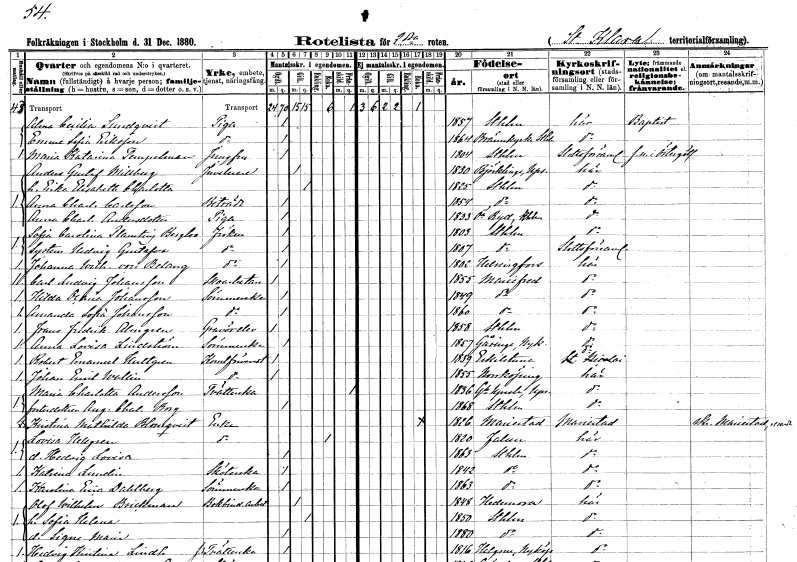
gt_parse: households: individuals: FN: Alma Cecilia
EN: Sundqvist
YRKE: Piga
KON: K
CIV: O
FODAR: 1857
FODFORS: Stockholm
FN: Emma Sofia
EN: Eriksson
YRKE: Piga
KON: K
CIV: O
FODAR: 1864
FODFORS: Brännkyrka Stockholms län
FN: Maria Katarina
EN: Tempelman
YRKE: Jungfru
KON: K
CIV: O
FODAR: 1804
FODFORS: Stockholm
FN: Anders Gustaf
EN: Millberg
YRKE: Juvelerare
KON: M
CIV: G
FODAR: 1830
FODFORS: Björklinge Uppsala län
FN: Erika Elisabeth Charlotta
KON: K
CIV: G
FODAR: 1825
FODFORS: Stockholm
FN: Anna Charlotta
EN: Carlsson
YRKE: Biträde
KON: K
CIV: O
FODAR: 1854
FODFORS: Stockholm
FN: Anna Charlotta
EN: Andersdotter
YRKE: Piga
KON: K
CIV: O
FODAR: 1833
FODFORS: Östra Ryd Östergötlands län
FN: Sofia Carolina
EN: Planting Bergloo
KON: K
CIV: O
FODAR: 1803
FODFORS: Stockholm
FN: Hedvig Gustafva
KON: K
CIV: O
FODAR: 1807
FODFORS: Stockholm
FN: Johanna Wilhelmina
EN: von Belang
KON: K
CIV: O
FODAR: 1802
FN: Carl Ludvig
EN: Johansson
YRKE: Skoarbetare
KON: M
CIV: O
FODAR: 1855
FODFORS: Mariefred Södermanlands län
FN: Hilda Oscaria
EN: Johansson
YRKE: Sömmerska
KON: K
CIV: O
FODAR: 1849
FODFORS: Mariefred Södermanlands län
FN: Amanda Sofia
EN: Johansson
YRKE: Sömmerska
KON: K
CIV: O
FODAR: 1860
FODFORS: Mariefred Södermanlands län
FN: Frans Fredrik
EN: Almgren
YRKE: Gravörelev
KON: M
CIV: O
FODAR: 1858
FODFORS: Stockholm
FN: Anna Lovisa
EN: Lindström
YRKE: Sömmerska
KON: K
CIV: O
FODAR: 1857
FODFORS: Gåsinge Södermanlands län
FN: Robert Emanuel
EN: Hultgren
YRKE: Konstförvandt
KON: M
CIV: O
FODAR: 1839
FODFORS: Eskilstuna Södermanlands län
FN: Johan Emil
EN: Wallin
YRKE: Konstförvandt
KON: M
CIV: O
FODAR: 1855
FODFORS: Norrköping Östergötlands län
FN: Maria Charlotta
EN: Andersson
YRKE: Tvätterska
KON: K
CIV: X
FODAR: 1836
FODFORS: Gamla Uppsala Uppsala län
FN: Augusta Charlotta
EN: Borg
KON: K
CIV: O
FODAR: 1868
FODFORS: Stockholm
FN: Kristina Mathilda
EN: Blomqvist
YRKE: Änka
KON: K
CIV: E
FODAR: 1826
FODFORS: Mariestad Skaraborgs län
FN: Lovisa
EN: Hellgren
YRKE: Änka
KON: K
CIV: E
FODAR: 1820
FODFORS: Falun Kopparbergs län
FN: Hedvig Lovisa
KON: K
CIV: O
FODAR: 1863
FODFORS: Stockholm
FN: Katrina
EN: Lundin
YRKE: Sköterska
KON: K
CIV: O
FODAR: 1842
FODFORS: Stockholm
FN: Karolina Erica
EN: Dahlberg
YRKE: Sömmerska
KON: K
CIV: O
FODAR: 1863
FODFORS: Stockholm
FN: Olof Wilhelm
EN: Brickman
YRKE: Bokbinderiarbetare
KON: M
CIV: G
FODAR: 1848
FODFORS: Hedemora Kopparbergs län
FN: Sofia Helena
KON: K
CIV: G
FODAR: 1850
FODFORS: Stockholm
FN: Signe Maria
KON: K
CIV: O
FODAR: 1880
FODFORS: Stockholm